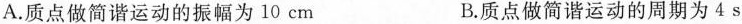
A.质点做简谐运动的振幅为10cm B.质点做简谐运动的周期为4s